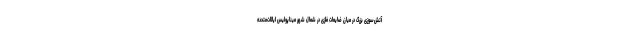
آتش‌سوزی بزرگ در میان ضایعات فلزی در شمال شهر میناپولیس ایالات‌متحده